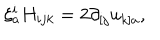
LaTeX: \xi _ { a } ^ { i } H _ { i j k } = 2 \partial _ { [ j } u _ { k ] a } ,